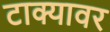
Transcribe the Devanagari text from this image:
टाक्यावर